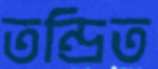
তন্দ্রিত